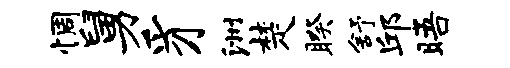
惆舅豸洲楚睽舒邱晤